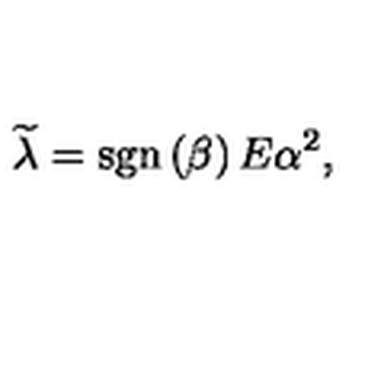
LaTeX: \widetilde { \lambda } = \mathrm { s g n } \left( \beta \right) E \alpha ^ { 2 } ,